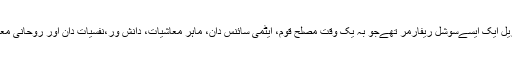
علامہ محمد یوسف جبریل ایک ایسےسوشل ریفارمر تھےجو بہ یک وقت مصلح قوم، ایٹمی سائنس دان، ماہر معاشیات، دانش ور،نفسیات دان اور روحانی معالج کےطور پر ابھری۔